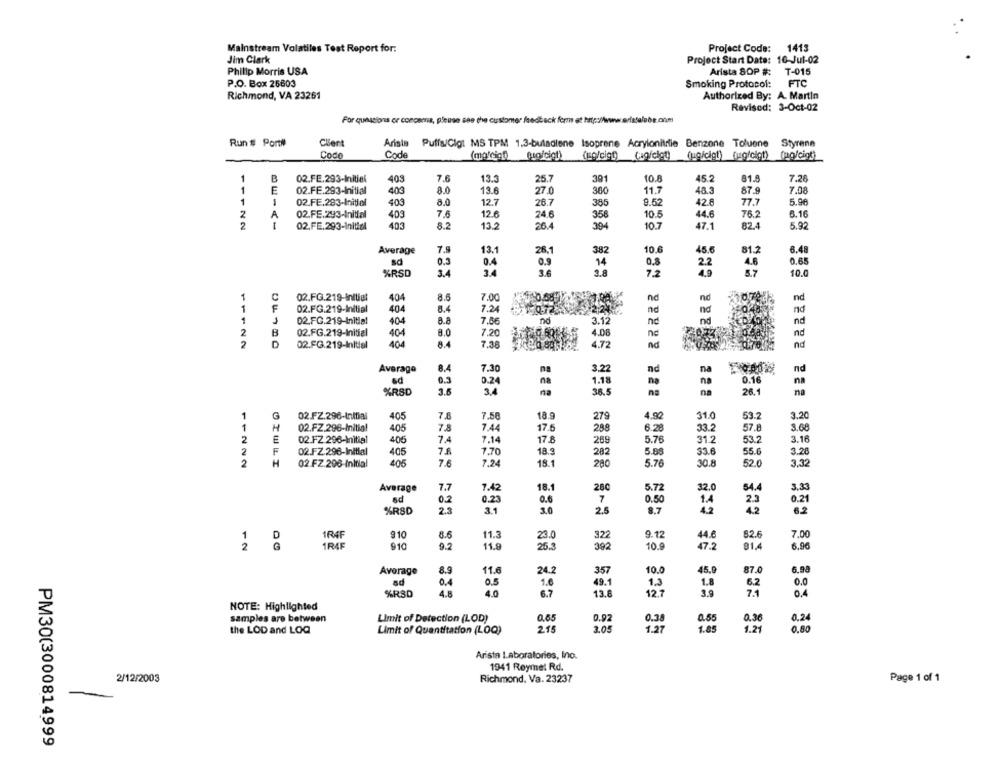
1413
Mainstream Volatiles Test Report for:
Project Code:
Jim Clark
Project Start Date: 16-Jul-02
Philip Morris USA
Arista SOP #:
T-015
P.O. Box 25603
Smoking Protocol:
FTC
Richmond, VA 23261
Authorized By: A. Martin
Revised: 3-Oct-02
For questions or concama, please see the customer feedback form et http://www.erfe
Run # Port#
Client
Arista Puffs/Gigt MS TPM 1,3-butadiene Isoprene Acrylonitrie Benzone Toluene Styrene
Codo
Code
(so/cigt)
(ugicigt) (uofclot) (ug/cigt)
13.5
10.8
81.9
1
B
02.FE.293-Initial
403
7.6
25.7
391
45.2
7.26
1
E
02.FE.293-Initial
403
8.0
13.6
27.0
380
11.7
48.3
87.9
7.08
1
02.FE.283-Initial
403
8.0
12.7
26.7
385
9.52
42.8
77.7
5.96
A
02.FE.293-Initial
403
7.6
12.6
10.5
44.6
76.2
6.10
24.6
358
2
I
02.FE.293-Initial
403
8.2
13.2
26.4
394
10.7
47.1
82.4
5.92
Average
7.9
13.1
26,1
382
10.6
45.6
81.2
6.48
0.8
0.65
0.3
0.4
0.9
14
2.2
4.6
%RSD
3.4
3.4
3.6
3.8
7,2
4.9
5.7
10.0
1
C
02.FG.219-Initial
404
8.5
7.00
40.58
nd
nd
nd
1
02.FG.219-Initial
404
8.4
7.24
nd
nd
204
nd
1
02.FC.219-Initial
404
8.8
7.06
nd
3.12
nd
nd
nd
2
B
02.FG.219-Initial
404
8.0
7.20
4.08
nc
nc
2
02.FG.219-Initial
404
8.4
7.38
4.72
nd
nd
8.4
7.30
nd
nd
Average
3.22
na
sd
0.3
0.24
na
1.18
na
na
0.16
na
na
36.5
na
26.1
na
%RSD
3.4
4.90
1
G
02.FZ.296-Initial
405
7.58
18.9
279
31.0
53.2
3.20
1
H
02.FZ.296-Initial
405
7.8
7.44
17.5
288
6.28
33.2
57.8
3.08
2
E
02.FZ 296-Initial
406
7.4
7.14
17.8
209
5.76
31.2
53.2
3.16
2
F
02.FZ.298-Initial
405
7.6
7.70
18.9
5.88
33.6
55.6
3.28
282
2
H
02 FZ.206-Initial
406
7.6
7,24
18.1
280
5.76
30.8
52.0
3.32
Average
7.7
7.42
18.1
28C
5.72
32.0
54.4
3.33
sd
0.6
02
0.23
7
0.50
1.4
2.3
0.21
%RSD
31
3.0
2.5
8.7
42
6.2
1R4F
910
8.6
11.3
23.0
322
9.12
44.6
82.6
7.00
910
9.2
6.90
12
1RAF
11.8
25.3
392
10.9
47.2
91.4
Average
8.9
11.6
24.2
357
10.0
45,9
87.0
sd
0.5
1.0
49.1
1.8
6.2
0.0
0.4
1.3
%RSD
4.8
4.0
6.7
13.8
12.7
3.9
7.1
0.4
NOTE: Highlighted
samples are between
Limit of Detection (LOD)
0.65
0.92
0.38
0.55
0.36
0.24
2.15
3.05
1.27
1.85
1.21
0.80
the LOD and LOQ
Limit of Quantitation (LOQ)
Arista Laboratories, Ino.
1941 Reymel Rd.
2/12/2003
Richmond. Va. 23237
Page 1 of 1
PM30(3000814999